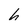
Character: h